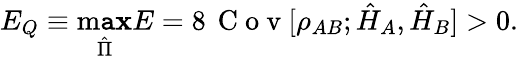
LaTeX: E_{Q}\equiv\operatorname*{m\mathtt{a}\mathbf{x}}_{\hat{{\Pi}}}{E}=8\, \mathrm{{~C~o~v~}}[\rho_{AB};\hat{{H}}_{A},\hat{{H}}_{B}]>0.